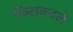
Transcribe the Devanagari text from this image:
फिसकटले